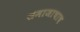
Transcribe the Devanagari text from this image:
समाजाचाच